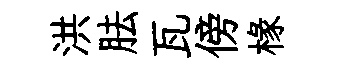
洪胠瓦傍椽